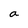
Character: a